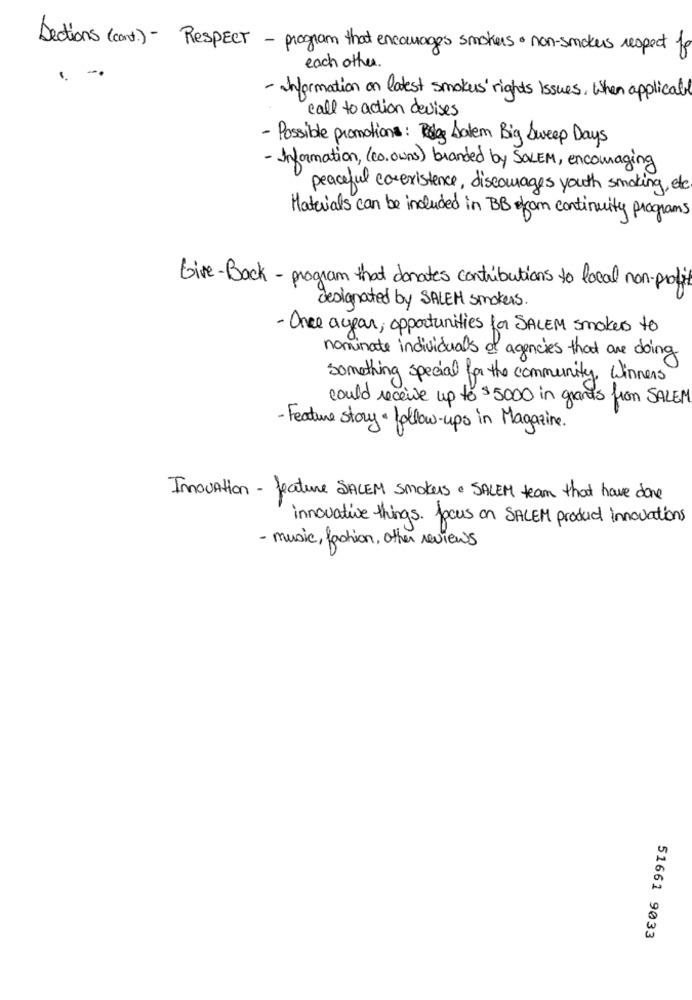
Sections (cont.) - Respect - program that encourages smokers . non-smokers respect fo
each other.
- Information on latest smokes' rights Issues. When applicate
call to action devises
- Possible promotions: Podle Jatem Big Sweep Days
- Information, (co. owns) branded by SOLEM, encouraging
peaceful co existence, discourages youth smoking, etc.
Materials can be included in BB form continuity programs
Give-Back - program that donates contributions to local non-profit
designated by SALEH smokers.
- Once a year, opportunities for SALEM smokers to
nominate individuals of agencies that are doing
something special for the community, Winners
could receive up to $5000 in grands from SALEM
-Feature story. follow-ups in Magazine.
Innovation - feature SALEM smokers . SALEM team that have done
innovative things. focus on SALEM product innovations
- music, fashion, other reviews
51661 9033